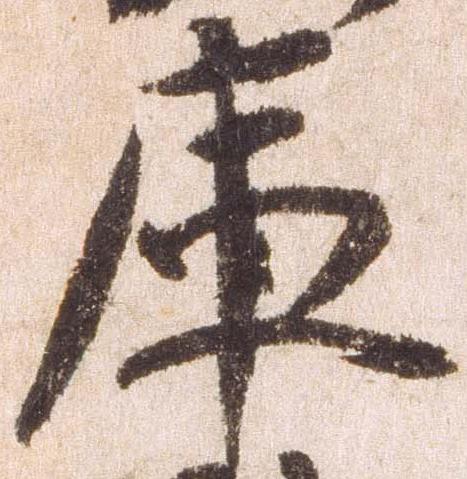
庫